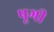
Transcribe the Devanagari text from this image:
पूगी